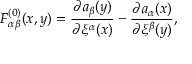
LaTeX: F _ { \alpha \beta } ^ { ( 0 ) } ( x , y ) = \frac { \partial a _ { \beta } ( y ) } { \partial \xi ^ { \alpha } ( x ) } - \frac { \partial a _ { \alpha } ( x ) } { \partial \xi ^ { \beta } ( y ) } ,